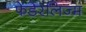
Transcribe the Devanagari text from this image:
फेडेरलिज्म